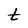
Character: t